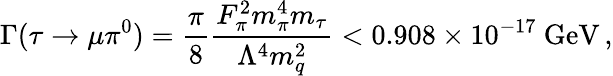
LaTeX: \Gamma(\tau\rightarrow\mu\pi^{0})=\frac{\pi}{8}\frac{F_{\pi}^{2}m_{\pi}^{4}m_{\tau}}{\Lambda^{4}m_{q}^{2}}<0.908\times 10^{-17}~\mathrm{GeV}\, ,